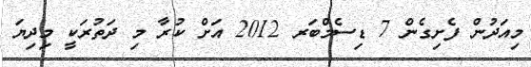
މިއަދުން ފެށިގެން 7 ޑިސެމްބަރ 2012 އަށް ކުރާ މި ދަތުރަކީ މިދިޔަ